Civil Veterinary Department Bengal reports 1933-51 - 1933-1951
Year: 1933
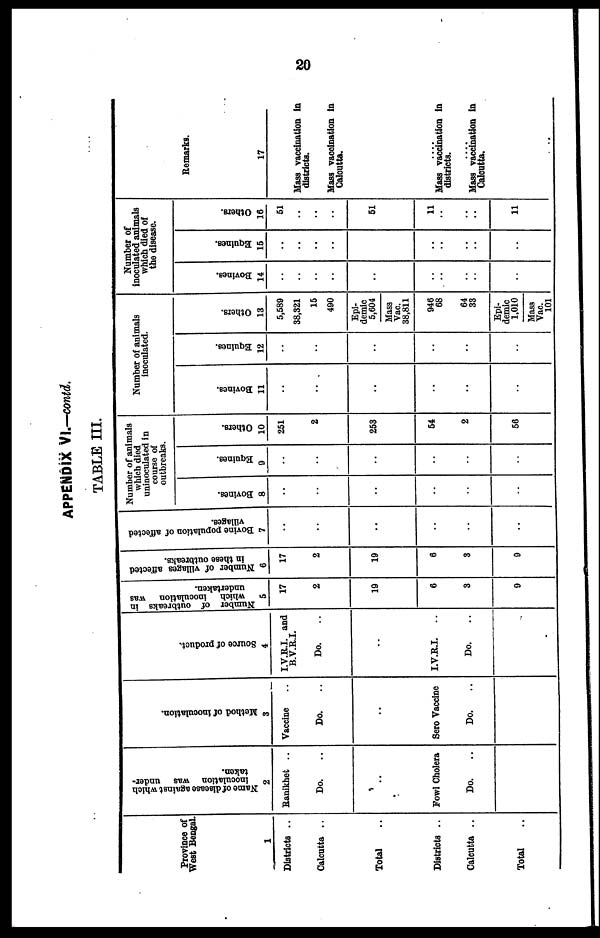
20
APPENDIX VI.—contd.
TABLE III.
Province of
West Bengal.
1
Districts ..
Calcutta ..
Total ..
Districts ..
Calcutta ..
Total..
Name of disease against which
inoculation was under-
taken.
2
Banikhet ..
Do. ..
..
Fowl Cholera
Do. ..
Method of inoculation.
3
Vaccine..
Do. ..
..
Sero Vaccine
Do. ..
Source of product.
4
I.V.R.I. and
B.V.R.I.
Do. ..
..
I.V.R.I.
..
Do. ..
Number of outbreaks in
which Inoculation
was
undertaken.
6
17
2
19
6
3
9
Number of villages affected
in these outbreaks.
6
17
2
10
6
3
9
Bovine population of affected
villages.
7
..
..
..
..
..
..
Number of animals
which died
uninoculated in
course of
outbreaks.
Bovines.
8
..
..
..
..
..
..
Equines.
9
..
..
..
..
..
..
Others.
10
251
2
258
54
2
56
Number of animals
inoculated.
Bovines.
11
..
..
..
..
..
..
Equines.
12
..
..
..
..
..
..
Others.
13
5,589
38,321
15
490
Epi-
demic
5,604
Mass
Vac.
38,811
946
68
64
33
Epi-
demic
1,010
Mass
Vac.
101
Number of
Inoculated animals
which died of
the disease.
Bovines.
14
..
..
..
..
..
..
..
..
..
..
Equines.
15
..
..
..
..
..
..
..
..
..
Others.
16
51
..
..
..
51
11
..
..
..
11
Remarks.
17
Mass vaccination in
districts.
Mass vaocinatlon In
Calcutta.
....
Mass vaccination In
districts.
....
Mass vaccination in
Calcutta.